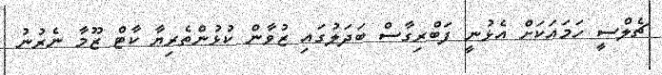
ޗެލްސީ ހަމައަކަށް އެޅުނީ ފަބްރިގާސް ބަދަލުގައި ޒުވާން ކުޅުންތެރިޔާ ކާޓް ޒޫމާ ނެރުނު